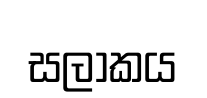
සලාකය